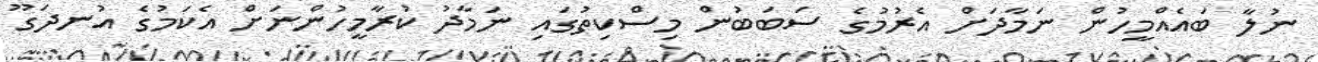
ނުލާ ބައެއްމީހުން ނަމާދަށް އެރުމުގެ ސަބަބުން މިސްކިތުގައި ނަމާދު ކުރާމީހުންނަށް އެކަމުގެ އުނދަގޫ